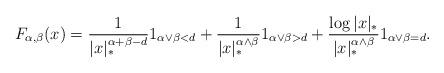
LaTeX: \begin{align*}F_{\alpha,\beta}(x)=\frac{1}{|x|_*^{\alpha+\beta-d}}1_{\alpha\vee \beta<d}+\frac{1}{|x|_*^{\alpha\wedge\beta}}1_{\alpha\vee\beta>d}+\frac{\log|x|_*}{|x|_*^{\alpha\wedge\beta}}1_{\alpha\vee\beta=d}.\end{align*}